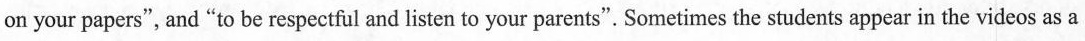
on your papers", and "to be respectful and listen to your parents". Sometimes the students appear in the videos as a